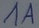
Text: 1A